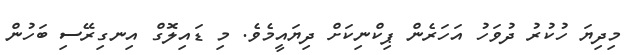
މިދިޔަ ހުކުރު ދުވަހު އަހަރެން ޕިކްނިކަށް ދިޔައީމެވެ. މި ޑައިލޮގް އިނގިރޭސި ބަހުން